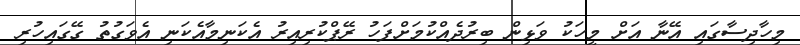
މިހާދިސާގައި އޭނާ އަށް މީހަކު ވަޅިން ބިރުދެއްކުމަށްފަހު ރޭޕްކުރިއިރު އެކަނިމާއެކަނި އެވަގުތު ގޭގައިހުރި